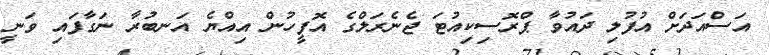
އަސްއަދަށް އުފުލި ދައުވާ ޕްރޮސިކިއުޓަ ޖެނެރަލްގެ އޮފީހުން އިއްޔެ އަނބުރާ ނަގާފައި ވަނީ